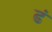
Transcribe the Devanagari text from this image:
ढं